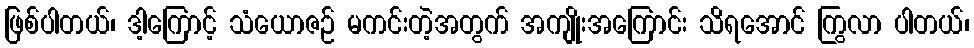
ဖြစ်ပါတယ်၊ ဒါ့ကြောင့် သံယောဇဉ် မကင်းတဲ့အတွက် အကျိုးအကြောင်း သိရအောင် ကြွလာ ပါတယ်၊